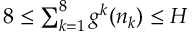
\begin{array} { r } { 8 \le \sum _ { k = 1 } ^ { 8 } g ^ { k } ( n _ { k } ) \le H } \end{array}